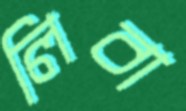
লিবা